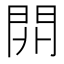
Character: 𨳡